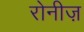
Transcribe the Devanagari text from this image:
रोनीज़